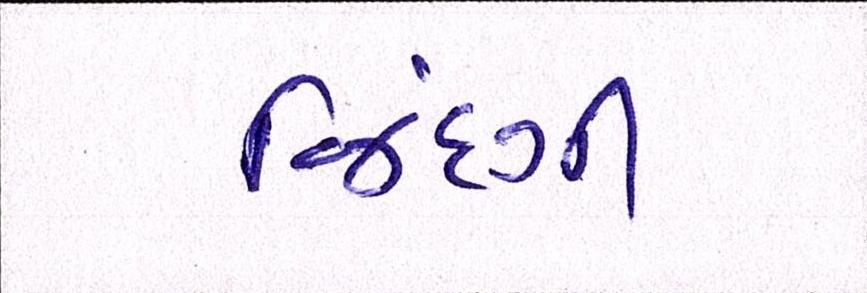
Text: જિંદગી